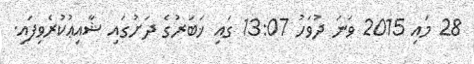
28 މައި 2015 ވަނަ ދުވަހު 13:07 ގައި ޚަބަރުގެ ދަށުގައި ޝާއިޢުކުރެވިފައި.